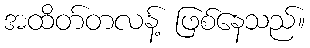
အထိတ်တလန့် ဖြစ်နေသည်။